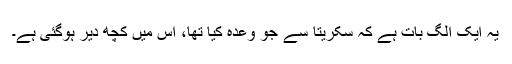
یہ ایک الگ بات ہے کہ سکریتا سے جو وعدہ کیا تھا، اس میں کچھ دیر ہوگئی ہے۔